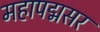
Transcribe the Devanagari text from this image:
महापद्मसर